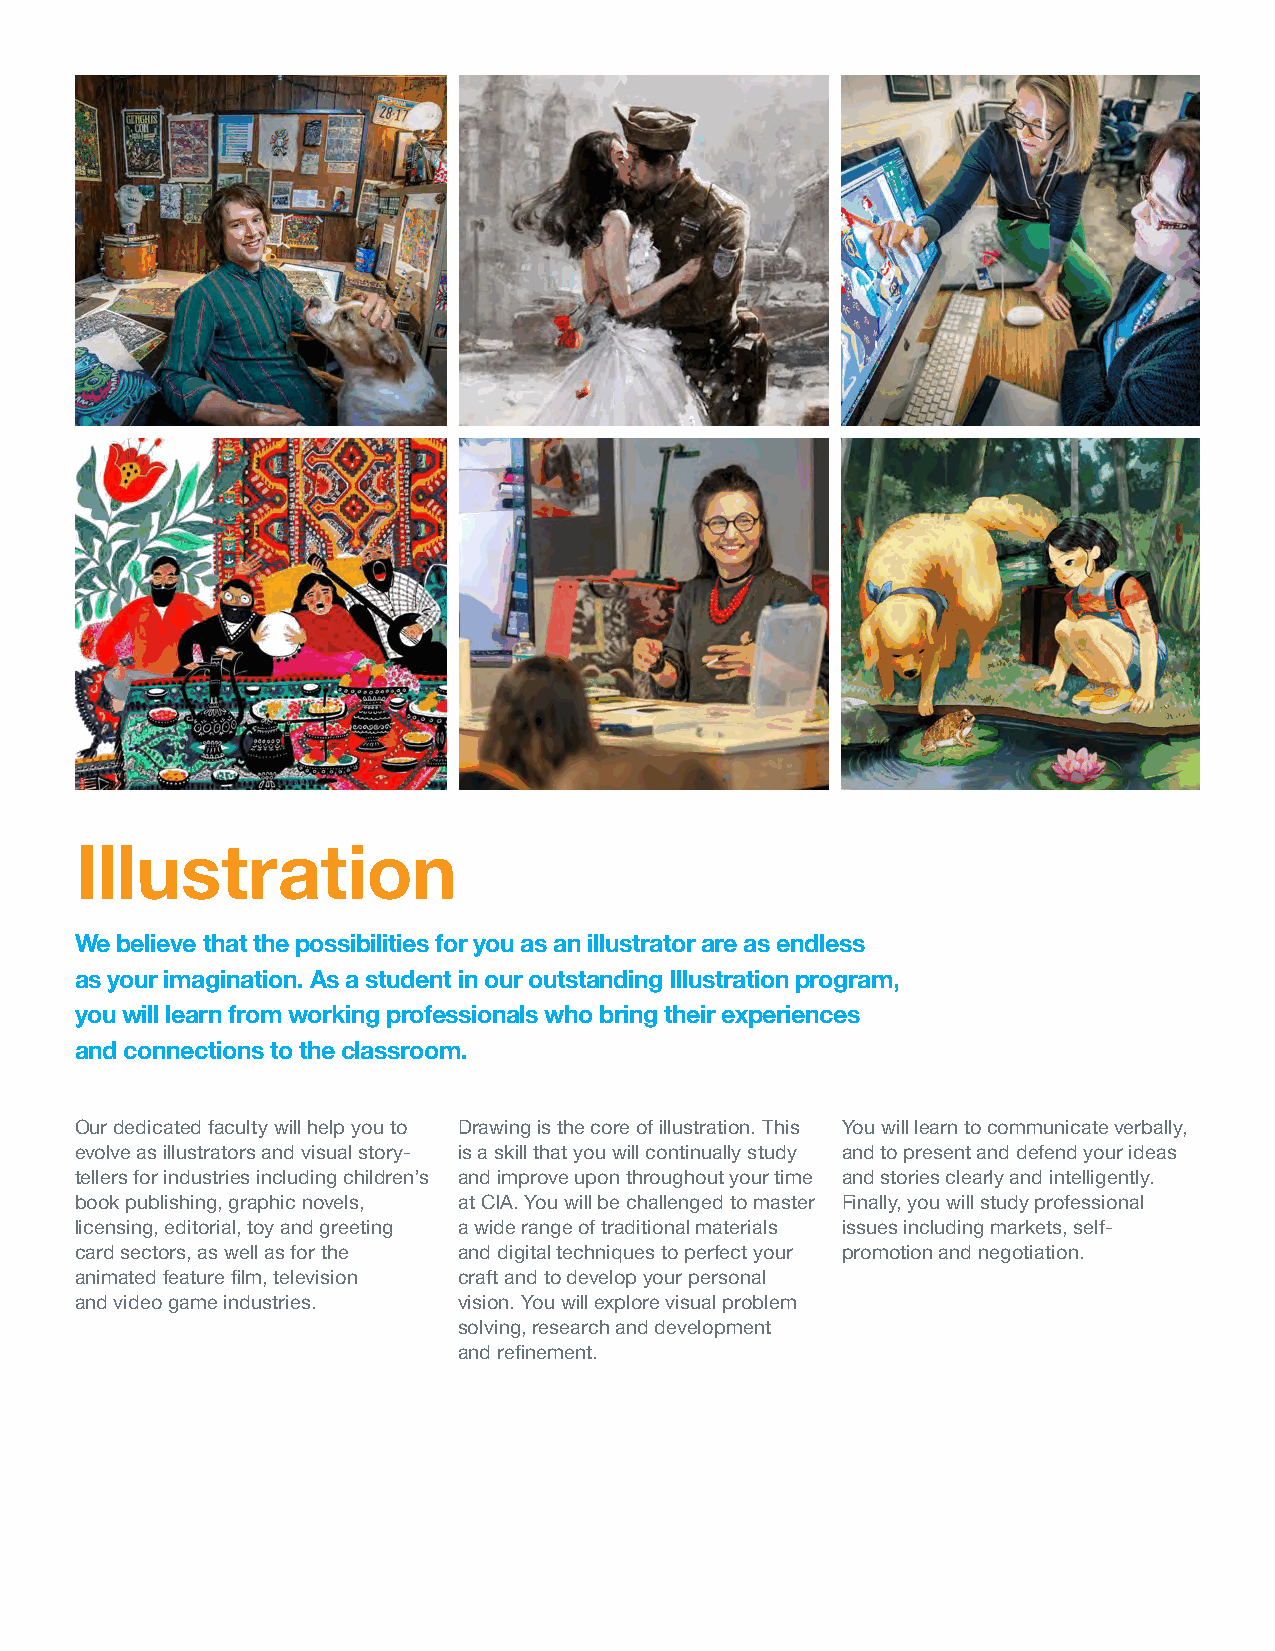
Illustration
 We believe that the possibilities for you as an illustrator are as endless
 as your imagination. As a student in our outstanding Illustration program,
 you will learn from working professionals who bring their experiences
 and connections to the classroom.
 Our dedicated faculty will help you to Drawing is the core of illustration. This You will learn to communicate verbally,
 evolve as illustrators and visual story- is a skill that you will continually study and to present and defend your ideas
 tellers for industries including children’s and improve upon throughout your time and stories clearly and intelligently.
 book publishing, graphic novels, at CIA. You will be challenged to master Finally, you will study professional
 licensing, editorial, toy and greeting a wide range of traditional materials issues including markets, self-
 card sectors, as well as for the and digital techniques to perfect your promotion and negotiation.
 animated feature film, television craft and to develop your personal
 and video game industries. vision. You will explore visual problem
 solving, research and development
 and refinement.